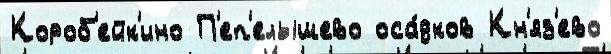
Короб'ейк'ино П'еп'елышево оса́дков Кн'яз'ево